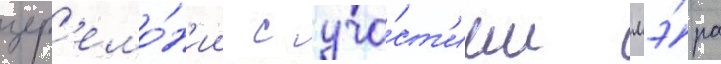
цер'емо́н'ии с уча́ст'ием мэ́ра